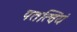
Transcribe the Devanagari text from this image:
पतत्वियं